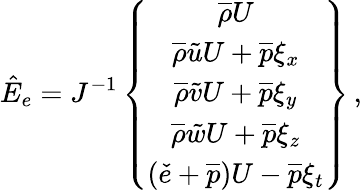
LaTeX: \hat{E}_{e}=J^{-1}\left\{ \begin{array}{c}{\overline{{\rho}}U}\\ {\overline{{\rho}}\tilde{u}U+\overline{{p}}\xi_{x}}\\ {\overline{{\rho}}\tilde{v}U+\overline{{p}}\xi_{y}}\\ {\overline{{\rho}}\tilde{w}U+\overline{{p}}\xi_{z}}\\ {\left(\check{e}+\overline{{p}}\right)U-\overline{{p}}\xi_{t}}\end{array}\right\} \, \mathrm{,}